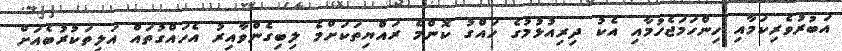
އަބުރުވެރިކަމާއި ހިންހަމަޖެހުމާއި އެކު ދިރިއުޅުމުގެ ހައްގު ކޮންމެ ރައްޔިތަކަށްމެ ލިބިގެންވާއިރު އެހައްގުތައް އަލިތަކުރުބެއަށް